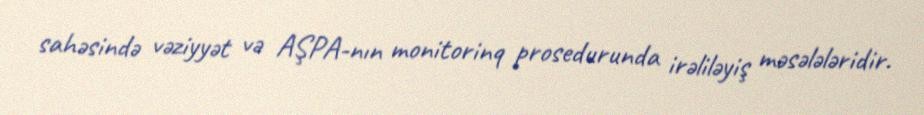
sahəsində vəziyyət və AŞPA-nın monitorinq prosedurunda irəliləyiş məsələləridir.